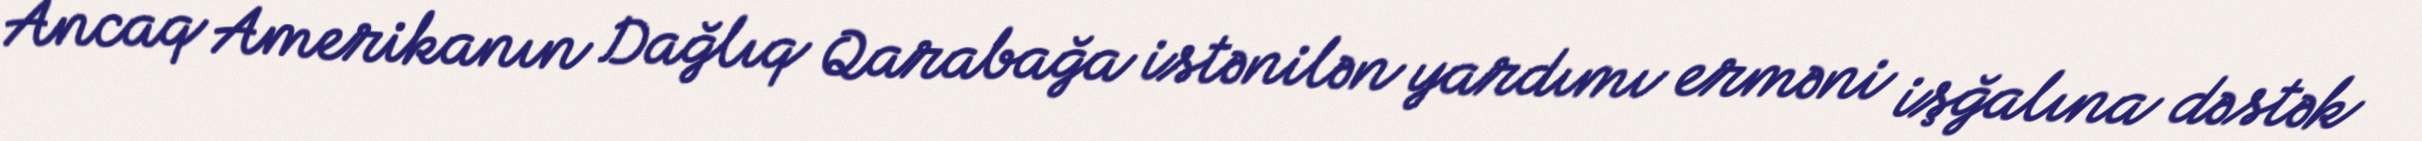
Ancaq Amerikanın Dağlıq Qarabağa istənilən yardımı erməni işğalına dəstək